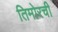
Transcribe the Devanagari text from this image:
तिमोरची